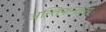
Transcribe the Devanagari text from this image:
अन्तिफन्तेस